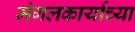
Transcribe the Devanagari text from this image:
मंगलकार्याच्या